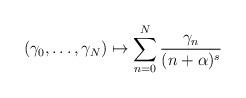
LaTeX: \begin{gather*}(\gamma_0, \ldots, \gamma_N) \mapsto \sum_{n=0}^{N} \frac{\gamma_n}{(n+\alpha)^s}\end{gather*}